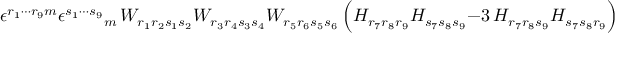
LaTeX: \epsilon ^ { r _ { 1 } \cdots r _ { 9 } m } \epsilon ^ { s _ { 1 } \cdots s _ { 9 } } { } _ { m } \, W _ { r _ { 1 } r _ { 2 } s _ { 1 } s _ { 2 } } W _ { r _ { 3 } r _ { 4 } s _ { 3 } s _ { 4 } } W _ { r _ { 5 } r _ { 6 } s _ { 5 } s _ { 6 } } \, \Big ( H _ { r _ { 7 } r _ { 8 } r _ { 9 } } H _ { s _ { 7 } s _ { 8 } s _ { 9 } } - 3 \, H _ { r _ { 7 } r _ { 8 } s _ { 9 } } H _ { s _ { 7 } s _ { 8 } r _ { 9 } } \Big ) = 0 \, .